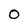
Character: 0